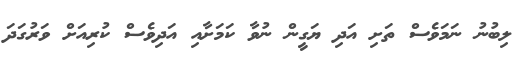
ލިބުނު ނަމަވެސް ތަށި އަދި ޔަގީން ނުވާ ކަމަށާއި އަދިވެސް ކުރިއަށް ވަރުގަދަ